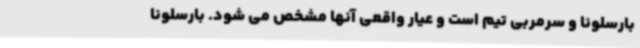
بارسلونا و سرمربی تیم است و عیار واقعی آنها مشخص می شود. بارسلونا